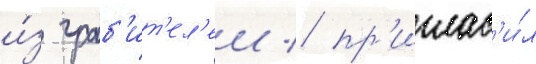
и́з граб'ит'ел'еи / пр'иглас'и́л